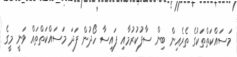
މަސައްކަތްތަކުގެ ތެރެއިން ބިން ސާފުކުރުމާއި ފައިސާ ހޯދުން ފަދަ މަސައްކަތްތައް ވަނީ މީގެ